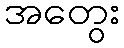
အတွေး